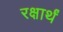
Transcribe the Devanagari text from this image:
रक्षार्थं